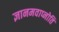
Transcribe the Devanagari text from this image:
ज्ञानमवाप्नोति